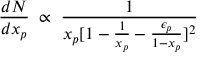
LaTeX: \frac { d N } { d x _ { p } } \; \propto \; \frac { 1 } { x _ { p } [ 1 - \frac { 1 } { x _ { p } } - \frac { \epsilon _ { p } } { 1 - x _ { p } } ] ^ { 2 } }